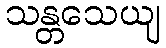
သန္တသေယျ